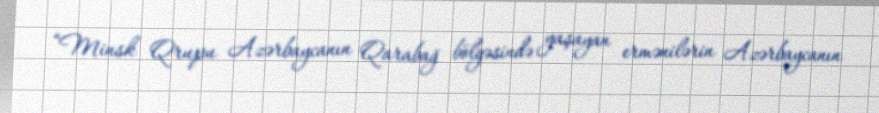
“Minsk Qrupu Azərbaycanın Qarabağ bölgəsində yaşayan ermənilərin Azərbaycanın